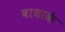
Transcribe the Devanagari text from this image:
बाधाके